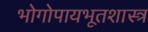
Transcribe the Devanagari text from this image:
भोगोपायभूतशास्त्र